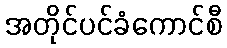
အတိုင်ပင်ခံကောင်စီ